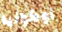
أوكرانيا